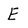
Character: E